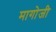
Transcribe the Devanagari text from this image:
मागोजी